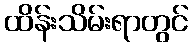
ထိန်းသိမ်းရာတွင်